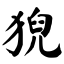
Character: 猊